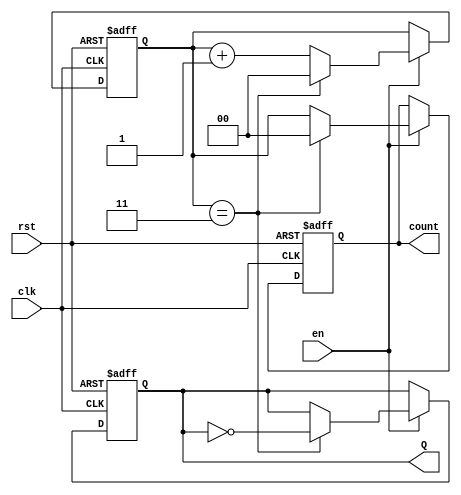
module divide_by_n_counter #(
    parameter N = 4  // Default value of N (must be greater than 1)
)(
    input wire clk,      // Clock input
    input wire rst,      // Reset input (active high)
    input wire en,       // Enable input
    output reg Q,        // Output signal that toggles after every N clock cycles
    output reg [$clog2(N)-1:0] count // Optional count output
);

    // Internal counter variable
    reg [$clog2(N)-1:0] counter; // Counter to keep track of clock cycles

    // Synchronous process
    always @(posedge clk or posedge rst) begin
        if (rst) begin
            counter <= 0; // Reset counter to 0
            Q <= 0;       // Reset output Q
        end else if (en) begin
            if (counter == N-1) begin
                counter <= 0; // Reset counter when it reaches N-1
                Q <= ~Q;      // Toggle output Q
            end else begin
                counter <= counter + 1; // Increment counter
            end
        end
    end

    // Optional count output
    always @(posedge clk or posedge rst) begin
        if (rst) begin
            count <= 0; // Reset count output to 0
        end else if (en) begin
            if (counter == N-1) begin
                count <= 0; // Reset count when it reaches N-1
            end else begin
                count <= counter; // Update count output
            end
        end
    end

endmodule